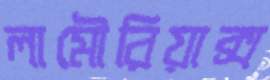
লামৌরিয়াক্স